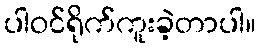
ပါဝင်ရိုက်ကူးခဲ့တာပါ။